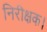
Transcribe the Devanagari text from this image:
निरीक्षक।